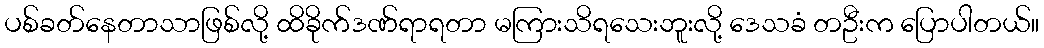
ပစ်ခတ်နေတာသာဖြစ်လို့ ထိခိုက်ဒဏ်ရာရတာ မကြားသိရသေးဘူးလို့ ဒေသခံ တဦးက ပြောပါတယ်။